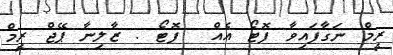
ރީމް ނަގާފައިވާ ފޮޓޯ އެއް  ފޮޓޯ : ޒާލިނާ ޕޭޖް ރީމް